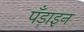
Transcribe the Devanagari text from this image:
पँड़ाइन